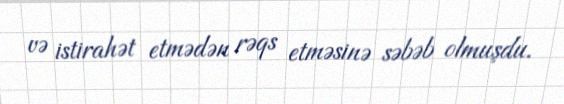
və istirahət etmədən rəqs etməsinə səbəb olmuşdu.